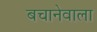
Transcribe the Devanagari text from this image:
बचानेवाला